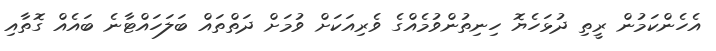
އެހެންކަމުން ރީތި ދުޅަހެޔޮ ހިނިތުންވުމެއްގެ ވެރިއަކަށް ވުމަށް ދަތްތައް ބަލަހައްޓާނެ ބައެއް ގޮތާއި